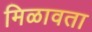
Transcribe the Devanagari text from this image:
मिळावता